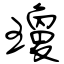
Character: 瓊